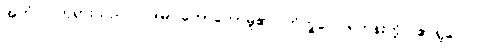
အဟံ၊ ငါဘုရားသည်။ ဝဒါမိ၊ ဟောတော်မူ၏။ ဘိက္ခဝေ၊ ရဟန်းတို့။ ဧဝရူပေါပိ၊